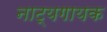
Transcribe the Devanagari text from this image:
नाट्यगायक